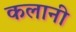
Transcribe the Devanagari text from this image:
कलानी